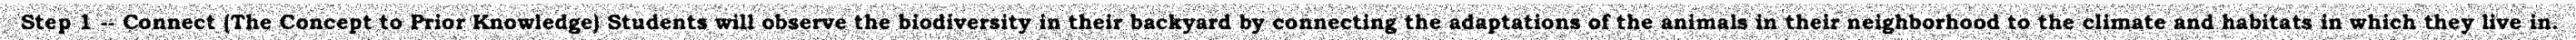
Step 1 -- Connect (The Concept to Prior Knowledge) Students will observe the biodiversity in their backyard by connecting the adaptations of the animals in their neighborhood to the climate and habitats in which they live in.